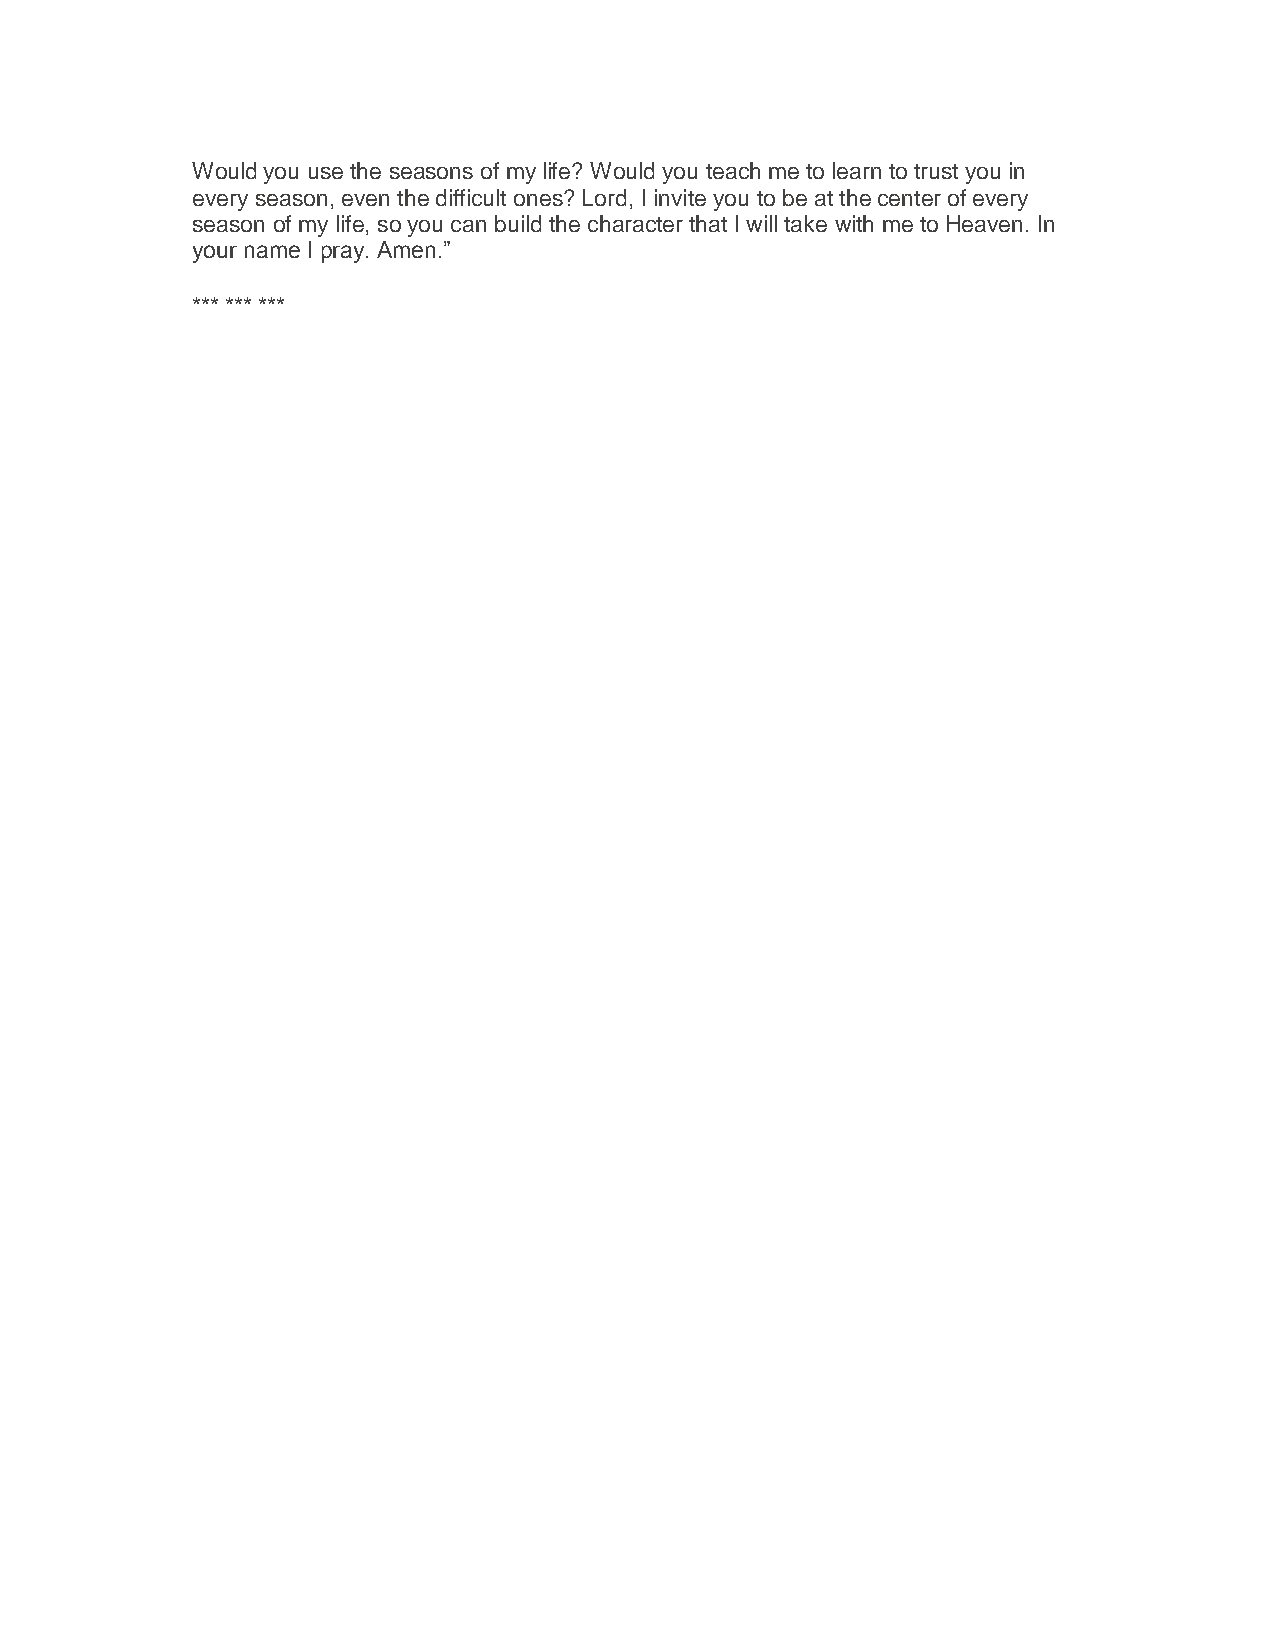
Would you use the seasons of my life? Would you teach me to learn to trust you in
 every season, even the difficult ones? Lord, I invite you to be at the center of every
 season of my life, so you can build the character that I will take with me to Heaven. In
 your name I pray. Amen.”
 *** *** ***